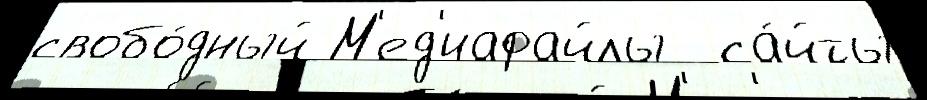
свобо́дный М'ед'иафайлы  са́йты